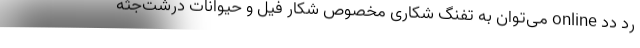
رد دد online می‌توان به تفنگ شکاری مخصوص شکار فیل و حیوانات درشت‌جثه